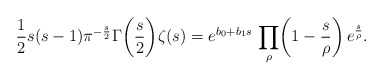
\begin{align*}\frac{1}{2}s(s-1)\pi^{-\frac{s}{2}}\Gamma\biggl(\frac{s}{2}\biggr)\zeta(s)={e^{b_{0}+b_{1}s}}\,\prod_{\rho}\biggl(1-\frac{s}{\rho}\biggr)\,e^{\frac{s}{\rho}}.\end{align*}